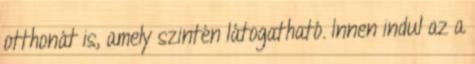
otthonát is, amely szintén látogatható. Innen indul az a